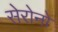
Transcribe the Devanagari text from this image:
सेरोनो